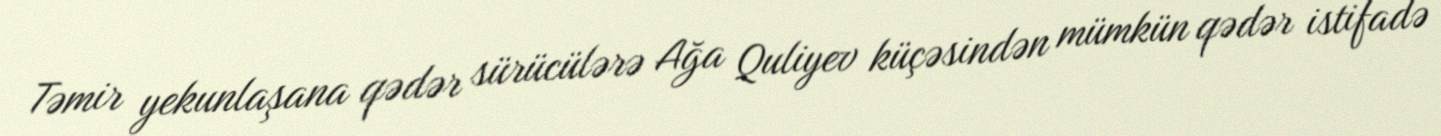
Təmir yekunlaşana qədər sürücülərə Ağa Quliyev küçəsindən mümkün qədər istifadə